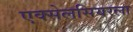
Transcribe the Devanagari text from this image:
एक्सेलसियरला